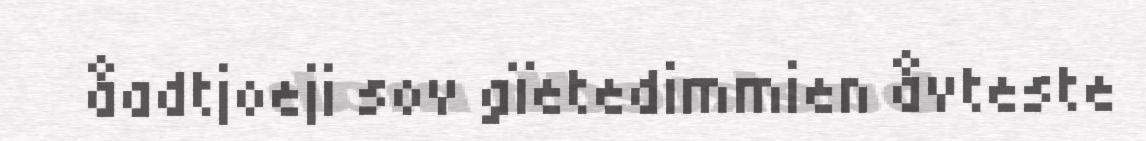
åadtjoeji sov gïetedimmien åvteste